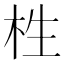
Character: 栍